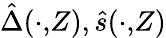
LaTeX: \hat{\Delta}(\cdot,\! Z),\hat{s}(\cdot,\! Z)